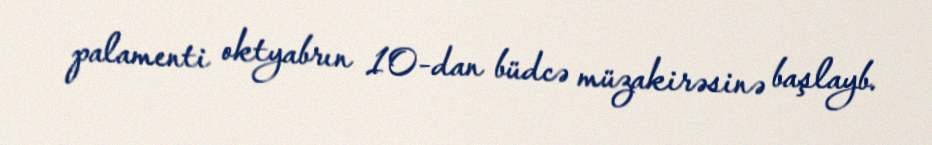
palamenti oktyabrın 10-dan büdcə müzakirəsinə başlayb.